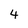
Character: 4